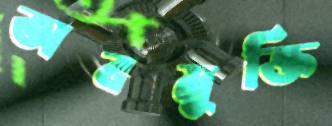
অবমুক্তি